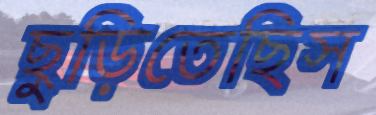
ছুড়িতেছিস